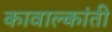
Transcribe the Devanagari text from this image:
कावाल्कांती